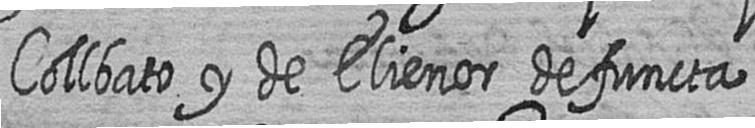
Collbato y de Elienor defuncta